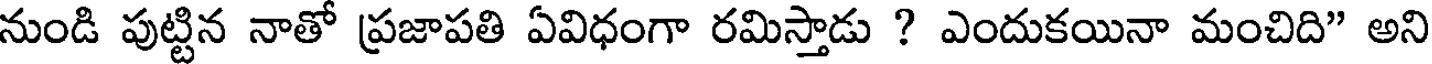
నుండి పుట్టిన నాతో ప్రజాపతి ఏవిధంగా రమిస్తాడు ? ఎందుకయినా మంచిది" అని